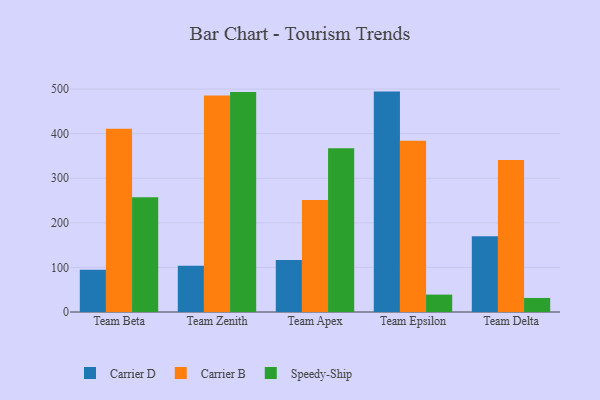
{"axis": {"x": "Team", "y": "Revenue (USD Million)"}, "legend": ["Carrier B", "Carrier D", "Speedy-Ship"], "data": [{"x": "Team Beta", "y": 94.6, "type": "Carrier D"}, {"x": "Team Beta", "y": 411.0, "type": "Carrier B"}, {"x": "Team Beta", "y": 257.3, "type": "Speedy-Ship"}, {"x": "Team Zenith", "y": 103.9, "type": "Carrier D"}, {"x": "Team Zenith", "y": 485.3, "type": "Carrier B"}, {"x": "Team Zenith", "y": 493.4, "type": "Speedy-Ship"}, {"x": "Team Apex", "y": 116.7, "type": "Carrier D"}, {"x": "Team Apex", "y": 251.3, "type": "Carrier B"}, {"x": "Team Apex", "y": 367.0, "type": "Speedy-Ship"}, {"x": "Team Epsilon", "y": 494.3, "type": "Carrier D"}, {"x": "Team Epsilon", "y": 384.2, "type": "Carrier B"}, {"x": "Team Epsilon", "y": 39.0, "type": "Speedy-Ship"}, {"x": "Team Delta", "y": 169.7, "type": "Carrier D"}, {"x": "Team Delta", "y": 341.1, "type": "Carrier B"}, {"x": "Team Delta", "y": 31.5, "type": "Speedy-Ship"}]}